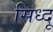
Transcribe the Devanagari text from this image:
सिध्दू